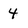
Character: 4